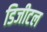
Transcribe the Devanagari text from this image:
डिजीटल